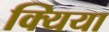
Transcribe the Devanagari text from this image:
क्यिया